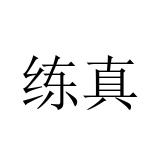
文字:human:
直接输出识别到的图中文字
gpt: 练真